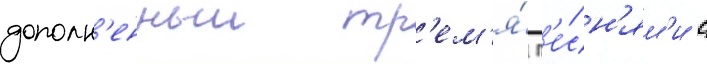
дополн'енныи тр'ем'я́ п'е́сн'ям'и с